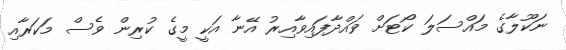
ނަކޫލާގެ މައްސަލަ ކޯޓަށް ވައްދާފައިވާއިރު އޭނާ އަކީ މީގެ ކުރިން ވެސް މަކަރާއި